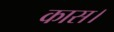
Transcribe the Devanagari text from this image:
कास।